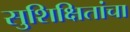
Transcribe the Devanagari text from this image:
सुशिक्षितांचा